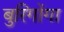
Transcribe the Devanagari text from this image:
बुरिगोंगा